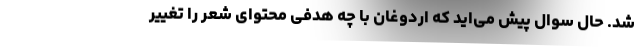
شد. حال سوال پیش می­اید که اردوغان با چه هدفی محتوای شعر را تغییر